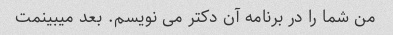
من شما را در برنامه آن دکتر می نویسم. بعد میبینمت